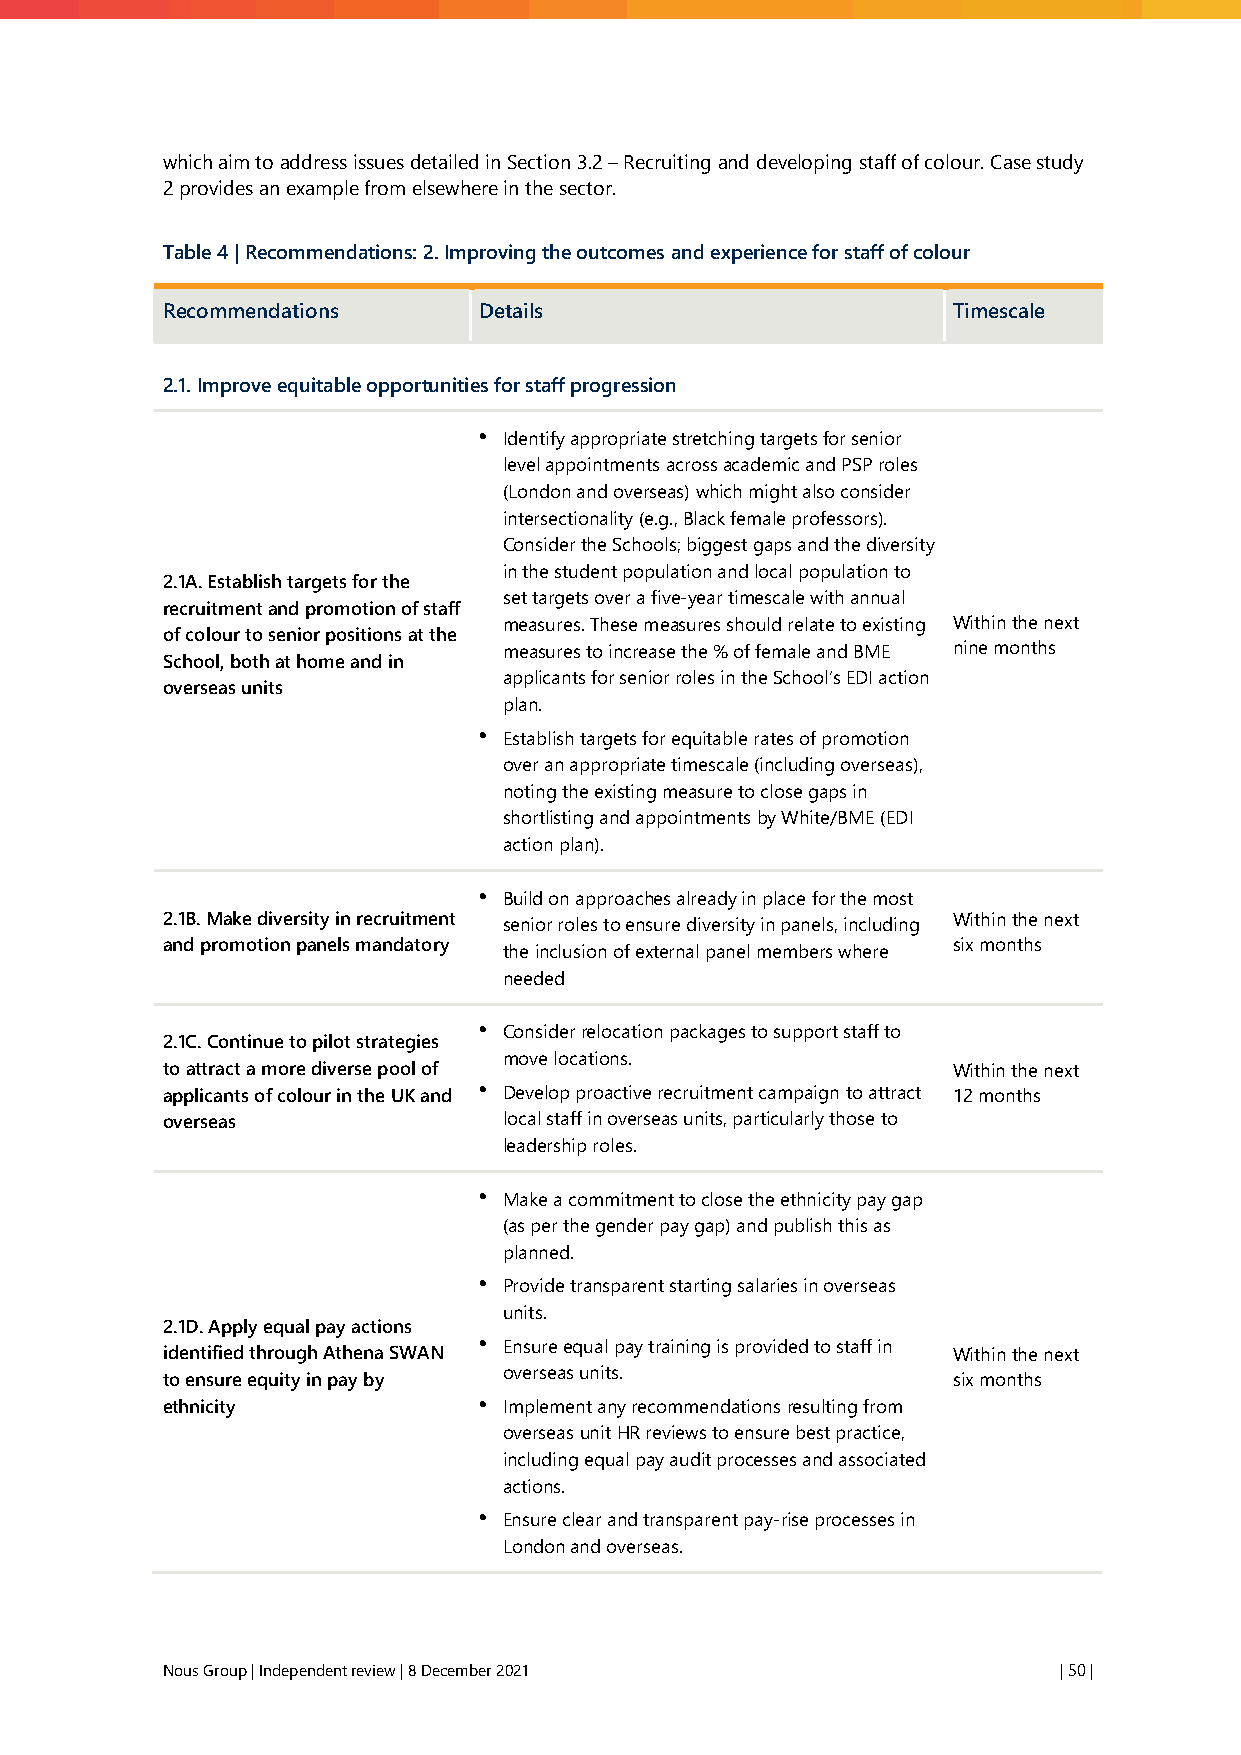
which aim to address issues detailed in Section 3.2 – Recruiting and developing staff of colour. Case study
 2 provides an example from elsewhere in the sector.
 Table 4 | Recommendations: 2. Improving the outcomes and experience for staff of colour
 Recommendations      Details                        Timescale
 2.1. Improve equitable opportunities for staff progression
 • Identify appropriate stretching targets for senior
 level appointments across academic and PSP roles
 (London and overseas) which might also consider
 intersectionality (e.g., Black female professors).
 Consider the Schools; biggest gaps and the diversity
 in the student population and local population to
 2.1A. Establish targets for the
 set targets over a five-year timescale with annual
 recruitment and promotion of staff
 measures. These measures should relate to existing Within the next
 of colour to senior positions at the
 measures to increase the % of female and BME nine months
 School, both at home and in
 applicants for senior roles in the School’s EDI action
 overseas units
 plan.
 • Establish targets for equitable rates of promotion
 over an appropriate timescale (including overseas),
 noting the existing measure to close gaps in
 shortlisting and appointments by White/BME (EDI
 action plan).
 • Build on approaches already in place for the most
 2.1B. Make diversity in recruitment senior roles to ensure diversity in panels, including Within the next
 and promotion panels mandatory                      six months
 the inclusion of external panel members where
 needed
 • Consider relocation packages to support staff to
 2.1C. Continue to pilot strategies
 move locations.
 to attract a more diverse pool of                   Within the next
 applicants of colour in the UK and • Develop proactive recruitment campaign to attract 12 months
 overseas              local staff in overseas units, particularly those to
 leadership roles.
 • Make a commitment to close the ethnicity pay gap
 (as per the gender pay gap) and publish this as
 planned.
 • Provide transparent starting salaries in overseas
 units.
 2.1D. Apply equal pay actions
 • Ensure equal pay training is provided to staff in
 identified through Athena SWAN                      Within the next
 overseas units.
 to ensure equity in pay by                          six months
 ethnicity            • Implement any recommendations resulting from
 overseas unit HR reviews to ensure best practice,
 including equal pay audit processes and associated
 actions.
 • Ensure clear and transparent pay-rise processes in
 London and overseas.
 Nous Group | Independent review | 8 December 2021          | 50 |